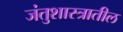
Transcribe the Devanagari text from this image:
जंतुशास्त्रातील